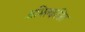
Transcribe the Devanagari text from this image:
अभिक्लपित